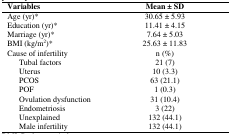
<table><thead><tr><td colspan="2"><b>Variables </b></td><td><b>Mean ± SD</b></td></tr></thead><tbody><tr><td colspan="2">Age (yr)*</td><td>30.65 ± 5.93</td></tr><tr><td colspan="2">Education (yr)*</td><td>11.41 ± 4.15</td></tr><tr><td colspan="2">Marriage (yr)* </td><td>7.64 ± 5.03</td></tr><tr><td colspan="2">BMI (kg/m<sup>2</sup>)*</td><td>25.63 ± 11.83</td></tr><tr><td colspan="2">Cause of infertility </td><td>n (%)</td></tr><tr><td rowspan="8"></td><td>Tubal factors</td><td>21 (7)</td></tr><tr><td>Uterus</td><td>10 (3.3)</td></tr><tr><td>PCOS</td><td>63 (21.1)</td></tr><tr><td>POF</td><td>1 (0.3)</td></tr><tr><td>Ovulation dysfunction</td><td>31 (10.4)</td></tr><tr><td>Endometriosis</td><td>3 (22)</td></tr><tr><td>Unexplained</td><td>132 (44.1)</td></tr><tr><td>Male infertility</td><td>132 (44.1)</td></tr></tbody></table>